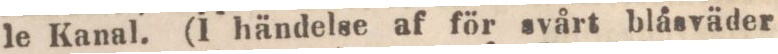
le Kanal. (I händelse af för svårt bläsväder